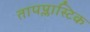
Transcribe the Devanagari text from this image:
तापप्लास्टिक